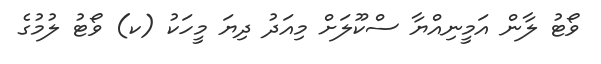
ވޯޓު ލާން އަމީނިއްޔާ ސްކޫލަށް މިއަދު ދިޔަ މީހަކު (ކ) ވޯޓު ލުމުގެ